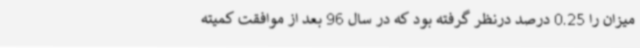
میزان را 0.25 درصد درنظر گرفته بود که در سال 96 بعد از موافقت کمیته